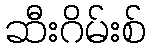
ဆီးဂိမ်းစ်